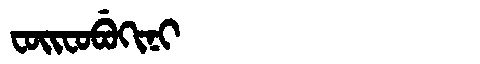
Manchu: ᠸᠣᡳᠸᠣᠪᡠᡴᡳᠨᡳ
Romanization: FOIFOBUKINI